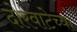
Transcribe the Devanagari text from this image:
दोरवाटेच्या